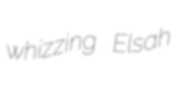
whizzing Elsah